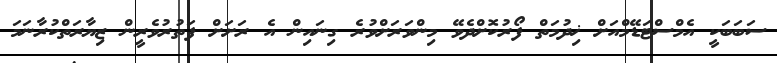
ސަބަބަކީ އެމްސްޓަޑޭމްއަށް ޚިދުމަތް ފޯރުކޮށްދެވޭ މިންވަރަށްވުރެ ގިނައިން އެ ރަށަށް ފަތުރުވެރީން ޒިޔާރަތްކުރާނަމަ